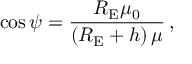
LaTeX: \cos \psi = { \frac { { R } _ { \mathrm { E } } { \mu } _ { 0 } } { \left( { { R } _ { \mathrm { E } } } + h \right) \mu } } \, ,